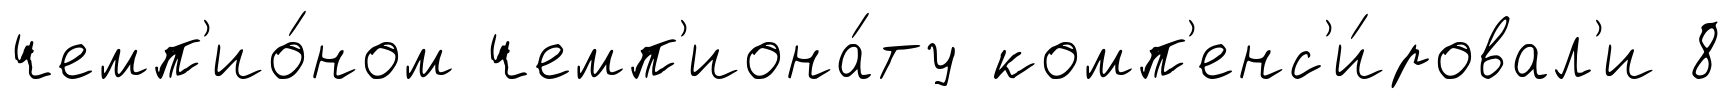
чемп'ио́ном чемп'иона́ту комп'енс'и́ровал'и 8